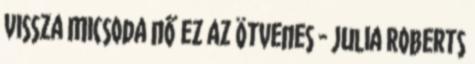
vissza Micsoda nő ez az ötvenes - Julia Roberts